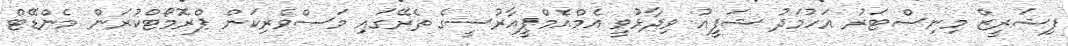
ފިޝަރީޒް މިނިސްޓަރު އަހުމަދު ޝަފީއު ވިދާޅުވީ އެމްއެމްޕީއާރުސީގެ ތެރޭގައި މަސްވެރިކަން ޕްރޮމޯޓްކުރަން މެންޑޭޓް